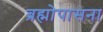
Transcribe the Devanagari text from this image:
ब्रह्मोपासना